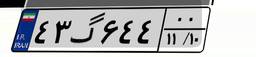
۴۳گ۶۴۴۰۰